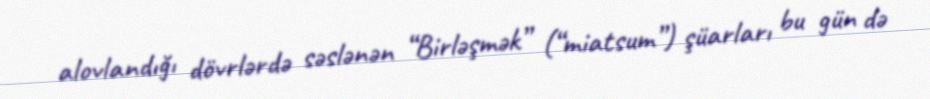
alovlandığı dövrlərdə səslənən “Birləşmək” (“miatsum”) şüarları bu gün də